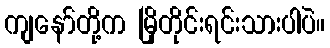
ကျနော်တို့က မြိုတိုင်းရင်းသားပါပဲ။